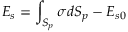
E _ { s } = \displaystyle \int _ { S _ { p } } \sigma d S _ { p } - E _ { s 0 }